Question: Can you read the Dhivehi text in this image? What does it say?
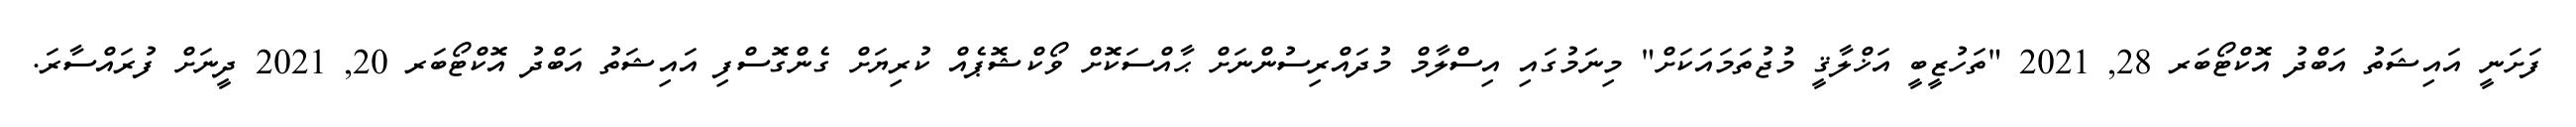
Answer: ފަށަނީ އައިޝަތު އަބްދު އޮކްޓޯބަރ 28, 2021 "ތަހުޒީބީ އަޚްލާޤީ މުޖުތަމައަކަށް" މިނަމުގައި އިސްލާމް މުދައްރިސުންނަށް ޙާއްސަކޮށް ވޯކްޝޮޕެއް ކުރިޔަށް ގެންގޮސްފި އައިޝަތު އަބްދު އޮކްޓޯބަރ 20, 2021 ދީނަށް ފުރައްސާރަ.